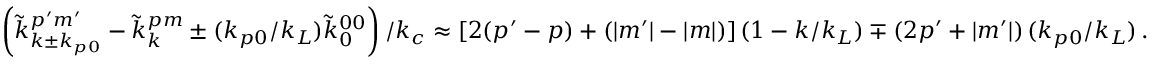
\begin{array} { r l } & { \left( \tilde { k } _ { k \pm k _ { p 0 } } ^ { p ^ { \prime } m ^ { \prime } } - \tilde { k } _ { k } ^ { p m } \pm ( k _ { p 0 } / k _ { L } ) \tilde { k } _ { 0 } ^ { 0 0 } \right) / k _ { c } \approx \left[ 2 ( p ^ { \prime } - p ) + ( | m ^ { \prime } | - | m | ) \right] ( 1 - k / k _ { L } ) \mp \left( 2 p ^ { \prime } + | m ^ { \prime } | \right) ( k _ { p 0 } / k _ { L } ) \, . } \end{array}